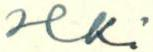
Hki